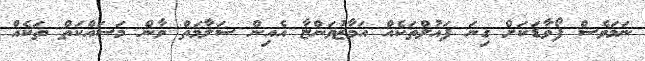
ނަމަވެސް ފޯވާޑަކަށް ގިނަ ފައުލްތަކެއް އަމާޒުވަންޏާ އެއިން ސަލާމަތް ވާން މަސައްކަތް ތަކެއް